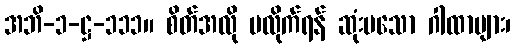
အဘိ-၁-ဋ္ဌ-၁၁၁။ စိတ်အလို မလိုက်ရန် ဆုံးမသော ဂါထာများ၊